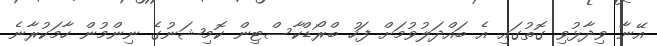
އޭނާ ވިދާޅުވި ގޮތުގައި އެ ބައްދަލުވުމަށް ފަހު ބްރޯޑްކާސްޓިން ކޮމިޝަނުގެ ނިންމުން ހާމަކުރާނެ